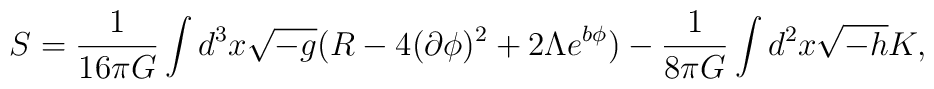
S=\frac{1}{16\pi G} \int d^3x\sqrt{-g}(R-4(\partial\phi)^2 +2\Lambda       e^{b\phi})-\frac{1}{8\pi G}\int d^2x \sqrt{-h}K,